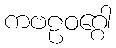
ကဗဠဝဂ္ဂေါ